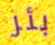
بئر